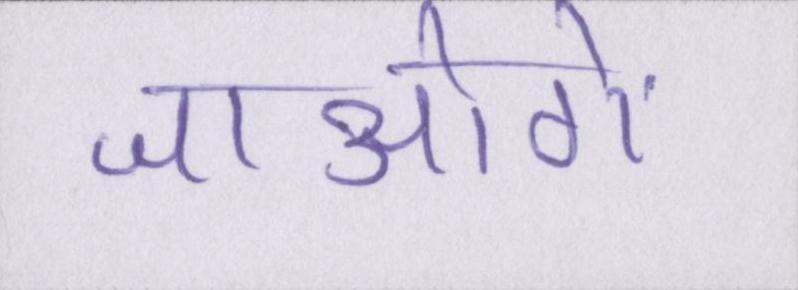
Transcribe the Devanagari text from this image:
जाओगे